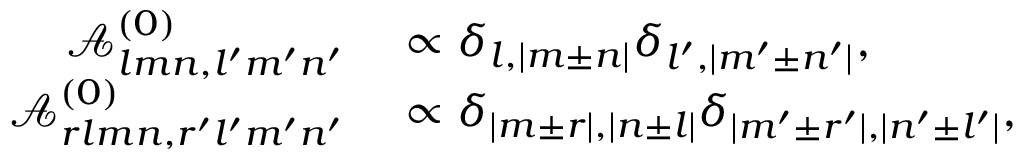
\begin{array} { r l } { \mathcal { A } _ { l m n , l ^ { \prime } m ^ { \prime } n ^ { \prime } } ^ { ( 0 ) } } & { { } \propto \delta _ { l , | m \pm n | } \delta _ { l ^ { \prime } , | m ^ { \prime } \pm n ^ { \prime } | } , } \\ { \mathcal { A } _ { r l m n , r ^ { \prime } l ^ { \prime } m ^ { \prime } n ^ { \prime } } ^ { ( 0 ) } } & { { } \propto \delta _ { | m \pm r | , | n \pm l | } \delta _ { | m ^ { \prime } \pm r ^ { \prime } | , | n ^ { \prime } \pm l ^ { \prime } | } , } \end{array}